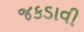
જકડાવી